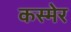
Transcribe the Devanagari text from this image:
कस्मेर